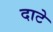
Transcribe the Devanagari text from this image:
दाटे